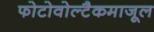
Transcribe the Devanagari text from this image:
फोटोवोल्टैकमाजूल